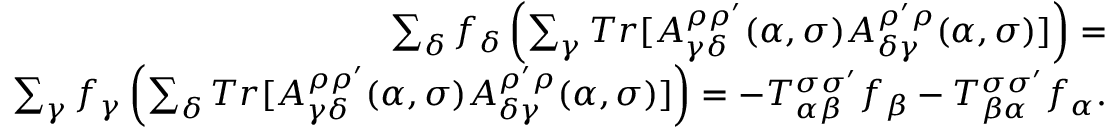
\begin{array} { r } { \sum _ { \delta } f _ { \delta } \left( \sum _ { \gamma } T r [ A _ { \gamma \delta } ^ { \rho \rho ^ { \prime } } ( \alpha , \sigma ) A _ { \delta \gamma } ^ { \rho ^ { \prime } \rho } ( \alpha , \sigma ) ] \right) = } \\ { \sum _ { \gamma } f _ { \gamma } \left( \sum _ { \delta } T r [ A _ { \gamma \delta } ^ { \rho \rho ^ { \prime } } ( \alpha , \sigma ) A _ { \delta \gamma } ^ { \rho ^ { \prime } \rho } ( \alpha , \sigma ) ] \right) = - T _ { \alpha \beta } ^ { \sigma \sigma ^ { \prime } } f _ { \beta } - T _ { \beta \alpha } ^ { \sigma \sigma ^ { \prime } } f _ { \alpha } . } \end{array}